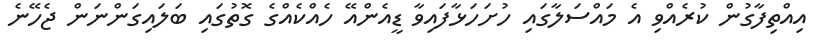
އިއްތިފާގުން ކުރެއްވި އެ މައްސަލާގައި ހުށަހަޅާފައިވާ ޑީއެންއޭ ހެއްކެއްގެ ގޮތުގައި ބަލައިގަންނަން ޖެހޭނެ